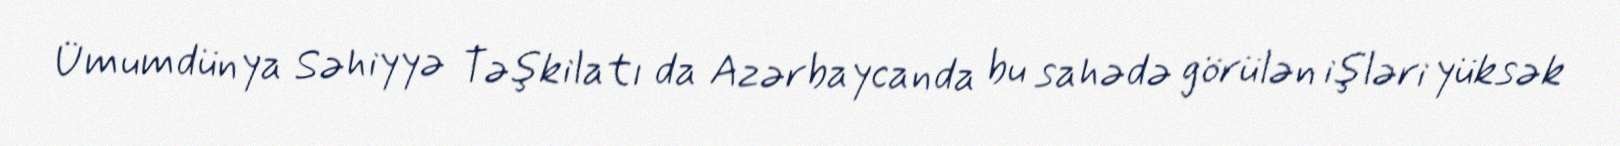
Ümumdünya Səhiyyə Təşkilatı da Azərbaycanda bu sahədə görülən işləri yüksək